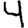
Digit: 4